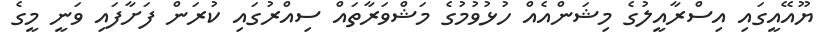
ޔޫއޭއީގައި އިސްރާއީލުގެ މިޝަންއެއް ހުޅުވުމުގެ މަޝްވަރާތައް ސިއްރުގައި ކުރަން ފަށާފައި ވަނީ މީގެ